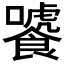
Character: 𩞂